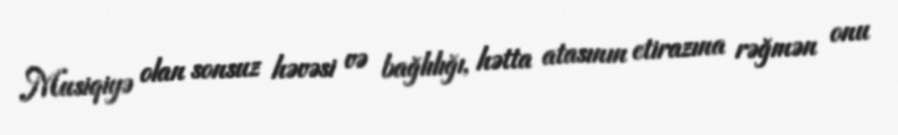
Musiqiyə olan sonsuz həvəsi və bağlılığı, hətta atasının etirazına rəğmən onu